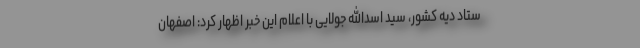
ستاد دیه کشور، سید اسدالله جولایی با اعلام این خبر اظهار کرد: اصفهان